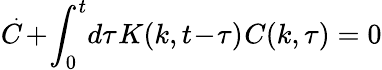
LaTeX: \overset{\, _{\mathrm{~\large~.~}}}{C}\! +\! \int_{0}^{t}\! d\tau\: \! K(k,t\! -\! \tau)\: \! C(k,\tau)=0